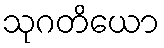
သုဂတိယော